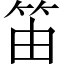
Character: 笛